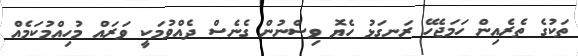
ތަކުގެ ތެރެއިން ހަމަޖެހޭ ރަނގަޅު ހެޔޮ ވިސްނުން ގެނެސް ދެއްވުމަކީ ވަރައް މުހިއްމުކަމެއް